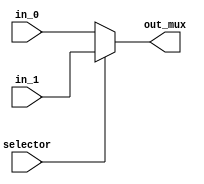
`timescale 1ns / 1ps

module MUX #(parameter BITS=32)
    (
    input wire selector,       //Tiene valor 1 o 0
    input wire [BITS-1:0] in_0,    //Entrada 0 del selector
    input wire [BITS-1:0] in_1,    //Entrada 1 del selector
    
    output reg [BITS-1:0] out_mux  
    );
    
    always@(*) 
    begin
        if(selector)
            out_mux = in_1;
        else
            out_mux = in_0;
    end
    
endmodule